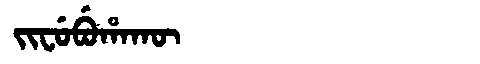
Manchu: ᠵᡳᠸᡠᠪᡠᡥᠠᡴᡡ
Romanization: JIFUBUHAKŪ